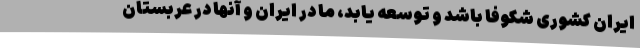
ایران کشوری شکوفا باشد و توسعه یابد، ما در ایران و آنها در عربستان